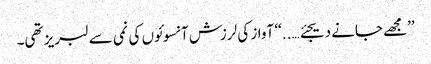
’’مجھے جانے دیجئے…..‘‘ آواز کی لرزش آنسوئوں کی نمی سے لبریز تھی۔